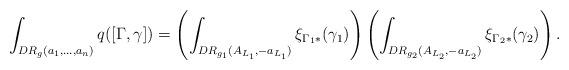
LaTeX: \begin{align*}\int_{DR_g(a_1,\ldots,a_n)}q([\Gamma,\gamma])=\left(\int_{DR_{g_1}(A_{L_1},-a_{L_1})}\xi_{\Gamma_1*}(\gamma_1)\right)\left(\int_{DR_{g_2}(A_{L_2},-a_{L_2})}\xi_{\Gamma_2*}(\gamma_2)\right).\end{align*}